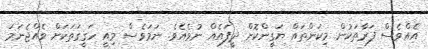
އެއްވެސް ފަރާތަކުން މިކަންތައް ޔަގީންކޮށް ދީފައެއް ނުވެއެވެ. ނަމަވެސް މިއީ ހަގީގަތަކަށް ވެއްޖެނަމަ